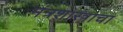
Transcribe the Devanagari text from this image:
मंत्रशास्त्राचा